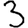
Digit: 3